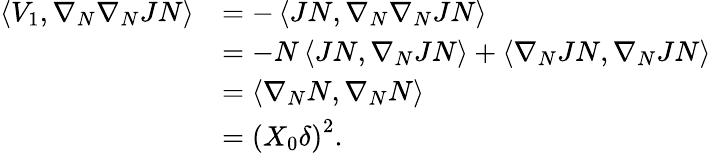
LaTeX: \begin{array}{rl}{\left\langle V_{1},\nabla_{N}\nabla_{N}JN\right\rangle}&{=-\left\langle JN,\nabla_{N}\nabla_{N}JN\right\rangle}\\ &{=-N\left\langle JN,\nabla_{N}JN\right\rangle+\left\langle\nabla_{N}JN,\nabla_{N}JN\right\rangle}\\ &{=\left\langle\nabla_{N}N,\nabla_{N}N\right\rangle}\\ &{=\left(X_{0}\delta\right)^{2}.}\end{array}